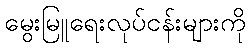
မွေးမြူရေးလုပ်ငန်းများကို